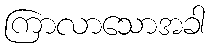
ကြာလာသောအခါ